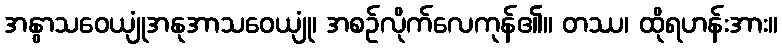
အနွာသဝေယျုံအနုအာသဝေယျုံ၊ အစဉ်လိုက်လေကုန်၏။ တဿ၊ ထိုရဟန်းအား။